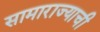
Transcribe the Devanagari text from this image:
सामाराज्याची